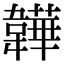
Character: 韡